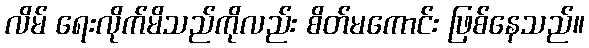
လိမ် ရေးလိုက်မိသည်ကိုလည်း စိတ်မကောင်း ဖြစ်နေသည်။